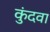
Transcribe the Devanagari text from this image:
कुंदवा